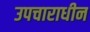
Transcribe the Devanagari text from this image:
उपचाराधीन